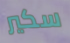
سكير